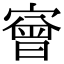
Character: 𡪠